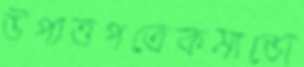
উপাত্তপত্রেকমান্ডো